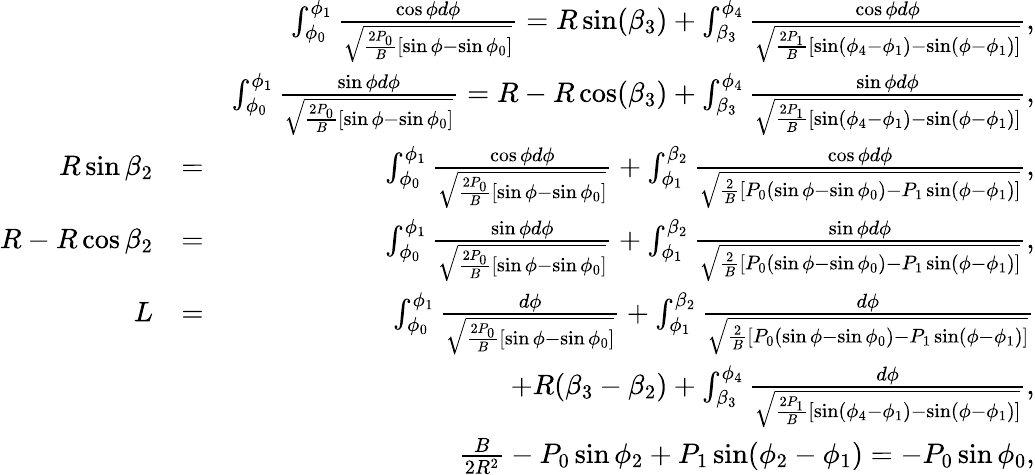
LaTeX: \begin{array}{rlr}&{}&{\int_{\phi_{0}}^{\phi_{1}}\frac{\cos\phi d\phi}{\sqrt{\frac{2P_{0}}{B}[\sin\phi-\sin\phi_{0}]}}=R\sin(\beta_{3})+\int_{\beta_{3}}^{\phi_{4}}\frac{\cos\phi d\phi}{\sqrt{\frac{2P_{1}}{B}[\sin(\phi_{4}-\phi_{1})-\sin(\phi-\phi_{1})]}},}\\ &{}&{\int_{\phi_{0}}^{\phi_{1}}\frac{\sin\phi d\phi}{\sqrt{\frac{2P_{0}}{B}[\sin\phi-\sin\phi_{0}]}}=R-R\cos(\beta_{3})+\int_{\beta_{3}}^{\phi_{4}}\frac{\sin\phi d\phi}{\sqrt{\frac{2P_{1}}{B}[\sin(\phi_{4}-\phi_{1})-\sin(\phi-\phi_{1})]}},}\\ {R\sin\beta_{2}}&{=}&{\int_{\phi_{0}}^{\phi_{1}}\frac{\cos\phi d\phi}{\sqrt{\frac{2P_{0}}{B}[\sin\phi-\sin\phi_{0}]}}+\int_{\phi_{1}}^{\beta_{2}}\frac{\cos\phi d\phi}{\sqrt{\frac{2}{B}[P_{0}(\sin\phi-\sin\phi_{0})-P_{1}\sin(\phi-\phi_{1})]}},}\\ {R-R\cos\beta_{2}}&{=}&{\int_{\phi_{0}}^{\phi_{1}}\frac{\sin\phi d\phi}{\sqrt{\frac{2P_{0}}{B}[\sin\phi-\sin\phi_{0}]}}+\int_{\phi_{1}}^{\beta_{2}}\frac{\sin\phi d\phi}{\sqrt{\frac{2}{B}[P_{0}(\sin\phi-\sin\phi_{0})-P_{1}\sin(\phi-\phi_{1})]}},}\\ {L}&{=}&{\int_{\phi_{0}}^{\phi_{1}}\frac{d\phi}{\sqrt{\frac{2P_{0}}{B}[\sin\phi-\sin\phi_{0}]}}+\int_{\phi_{1}}^{\beta_{2}}\frac{d\phi}{\sqrt{\frac{2}{B}[P_{0}(\sin\phi-\sin\phi_{0})-P_{1}\sin(\phi-\phi_{1})]}}}\\ &{}&{+R(\beta_{3}-\beta_{2})+\int_{\beta_{3}}^{\phi_{4}}\frac{d\phi}{\sqrt{\frac{2P_{1}}{B}[\sin(\phi_{4}-\phi_{1})-\sin(\phi-\phi_{1})]}},}\\ &{}&{\frac{B}{2R^{2}}-P_{0}\sin\phi_{2}+P_{1}\sin(\phi_{2}-\phi_{1})=-P_{0}\sin\phi_{0},}\end{array}